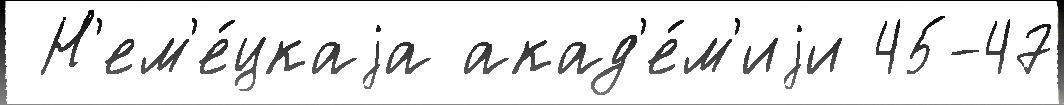
 Н'ем'е́цкаjа акад'е́м'иjи 45-47